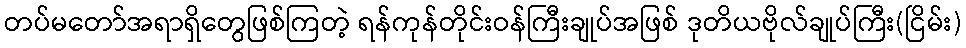
တပ်မတော်အရာရှိတွေဖြစ်ကြတဲ့ ရန်ကုန်တိုင်းဝန်ကြီးချုပ်အဖြစ် ဒုတိယဗိုလ်ချုပ်ကြီး(ငြိမ်း)